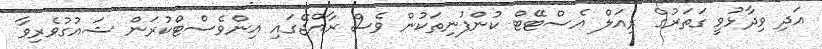
އަދި ވިދާޅުވީ ގަތަރުގެ ރިއަލް އެސްޓޭޓް ކުންފުނިތަކުން ވެސް ރާއްޖޭގައި އިންވެސްޓްކުރަން ޝައުގުވެރިވާ